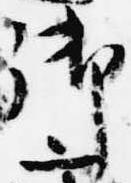
御